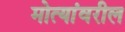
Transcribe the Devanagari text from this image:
मोत्यांवरील